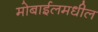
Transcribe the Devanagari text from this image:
मोबाईलमधील